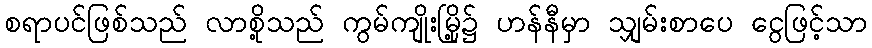
စရာပင်ဖြစ်သည် လာစို့သည် ကွမ်ကျိုးမြို့၌ ဟန်နီမှာ သျှမ်းစာပေ ငွေဖြင့်သာ